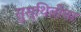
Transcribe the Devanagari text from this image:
सुस्थितीचा